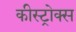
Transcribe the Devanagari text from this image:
कीस्ट्रोक्स